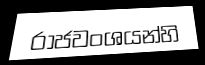
රාජවංශයන්හි